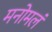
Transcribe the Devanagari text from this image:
मनोमलं